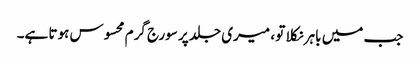
جب میں باہر نکلا تو ، میری جلد پر سورج گرم محسوس ہوتا ہے۔